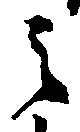
之